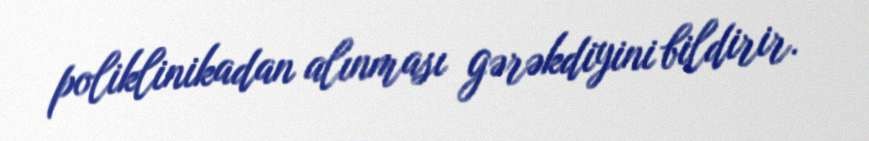
poliklinikadan alınması gərəkdiyini bildirir.